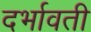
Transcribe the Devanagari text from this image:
दर्भावती